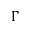
\Gamma